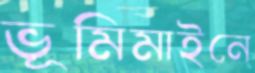
ভূমিমাইনে